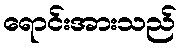
ရောင်းအားသည်